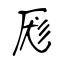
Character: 厖